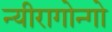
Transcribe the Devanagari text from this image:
न्यीरागोन्गो